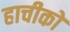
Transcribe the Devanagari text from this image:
हाचीको